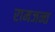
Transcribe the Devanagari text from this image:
रामजन्त